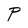
Character: P